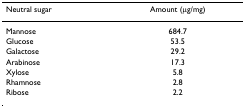
<table><thead><tr><td><b>Neutral sugar</b></td><td><b>Amount (μg/mg)</b></td></tr></thead><tbody><tr><td>Mannose</td><td>684.7</td></tr><tr><td>Glucose</td><td>53.5</td></tr><tr><td>Galactose</td><td>29.2</td></tr><tr><td>Arabinose</td><td>17.3</td></tr><tr><td>Xylose</td><td>5.8</td></tr><tr><td>Rhamnose</td><td>2.8</td></tr><tr><td>Ribose</td><td>2.2</td></tr></tbody></table>